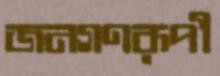
জনগণরূপী